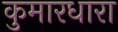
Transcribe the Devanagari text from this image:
कुमारधारा